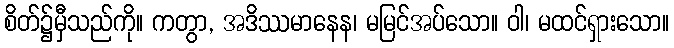
စိတ်၌မှီသည်ကို။ ကတွာ, အဒိဿမာနေန၊ မမြင်အပ်သော။ ဝါ၊ မထင်ရှားသော။